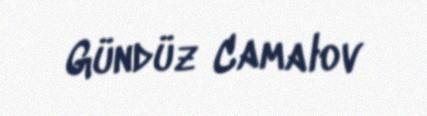
Gündüz Camalov